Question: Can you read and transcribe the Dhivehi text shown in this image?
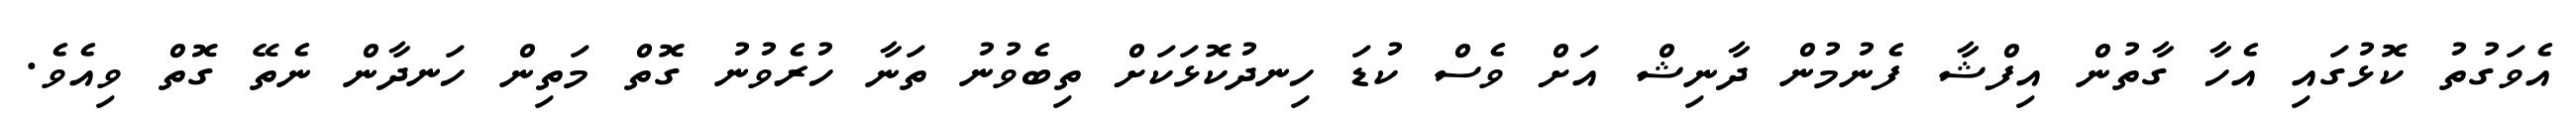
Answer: އެވަގުތު ކޮޅުގައި އެހާ ގާތުން އިފްޝާ ފެނުމުން ދާނިޝް އަށް ވެސް ކުޑަ ހިނދުކޮޅަކަށް ތިބެވުނު ތަނާ ހުރެވުނު ގޮތް މަތިން ހަނދާން ނެތޭ ގޮތް ވިއެވެ.